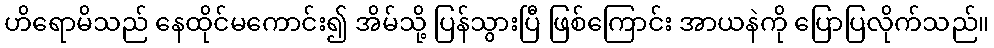
ဟိရောမိသည် နေထိုင်မကောင်း၍ အိမ်သို့ ပြန်သွားပြီ ဖြစ်ကြောင်း အာယနဲကို ပြောပြလိုက်သည်။